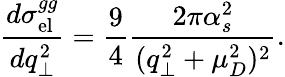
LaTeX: \frac{d\sigma_{\mathrm{el}}^{gg}}{dq_{\perp}^{2}}=\frac{9}{4}\frac{2\pi\alpha_{s}^{2}}{(q_{\perp}^{2}+\mu_{D}^{2})^{2}}.